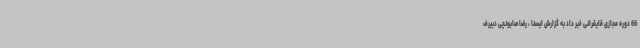
66 دوره مجازی قایقرانی خبر داد به گزارش ایسنا ، رضا صابونچی دبیرف